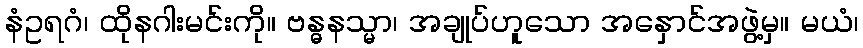
နံဥရဂံ၊ ထိုနဂါးမင်းကို။ ဗန္ဓနသ္မာ၊ အချုပ်ဟူသော အနှောင်အဖွဲ့မှ။ မယံ၊